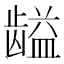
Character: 𱌽